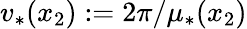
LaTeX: v_{*}(x_{2}):=2\pi/\mu_{*}(x_{2})